TRU_Ajalooring, lk 81
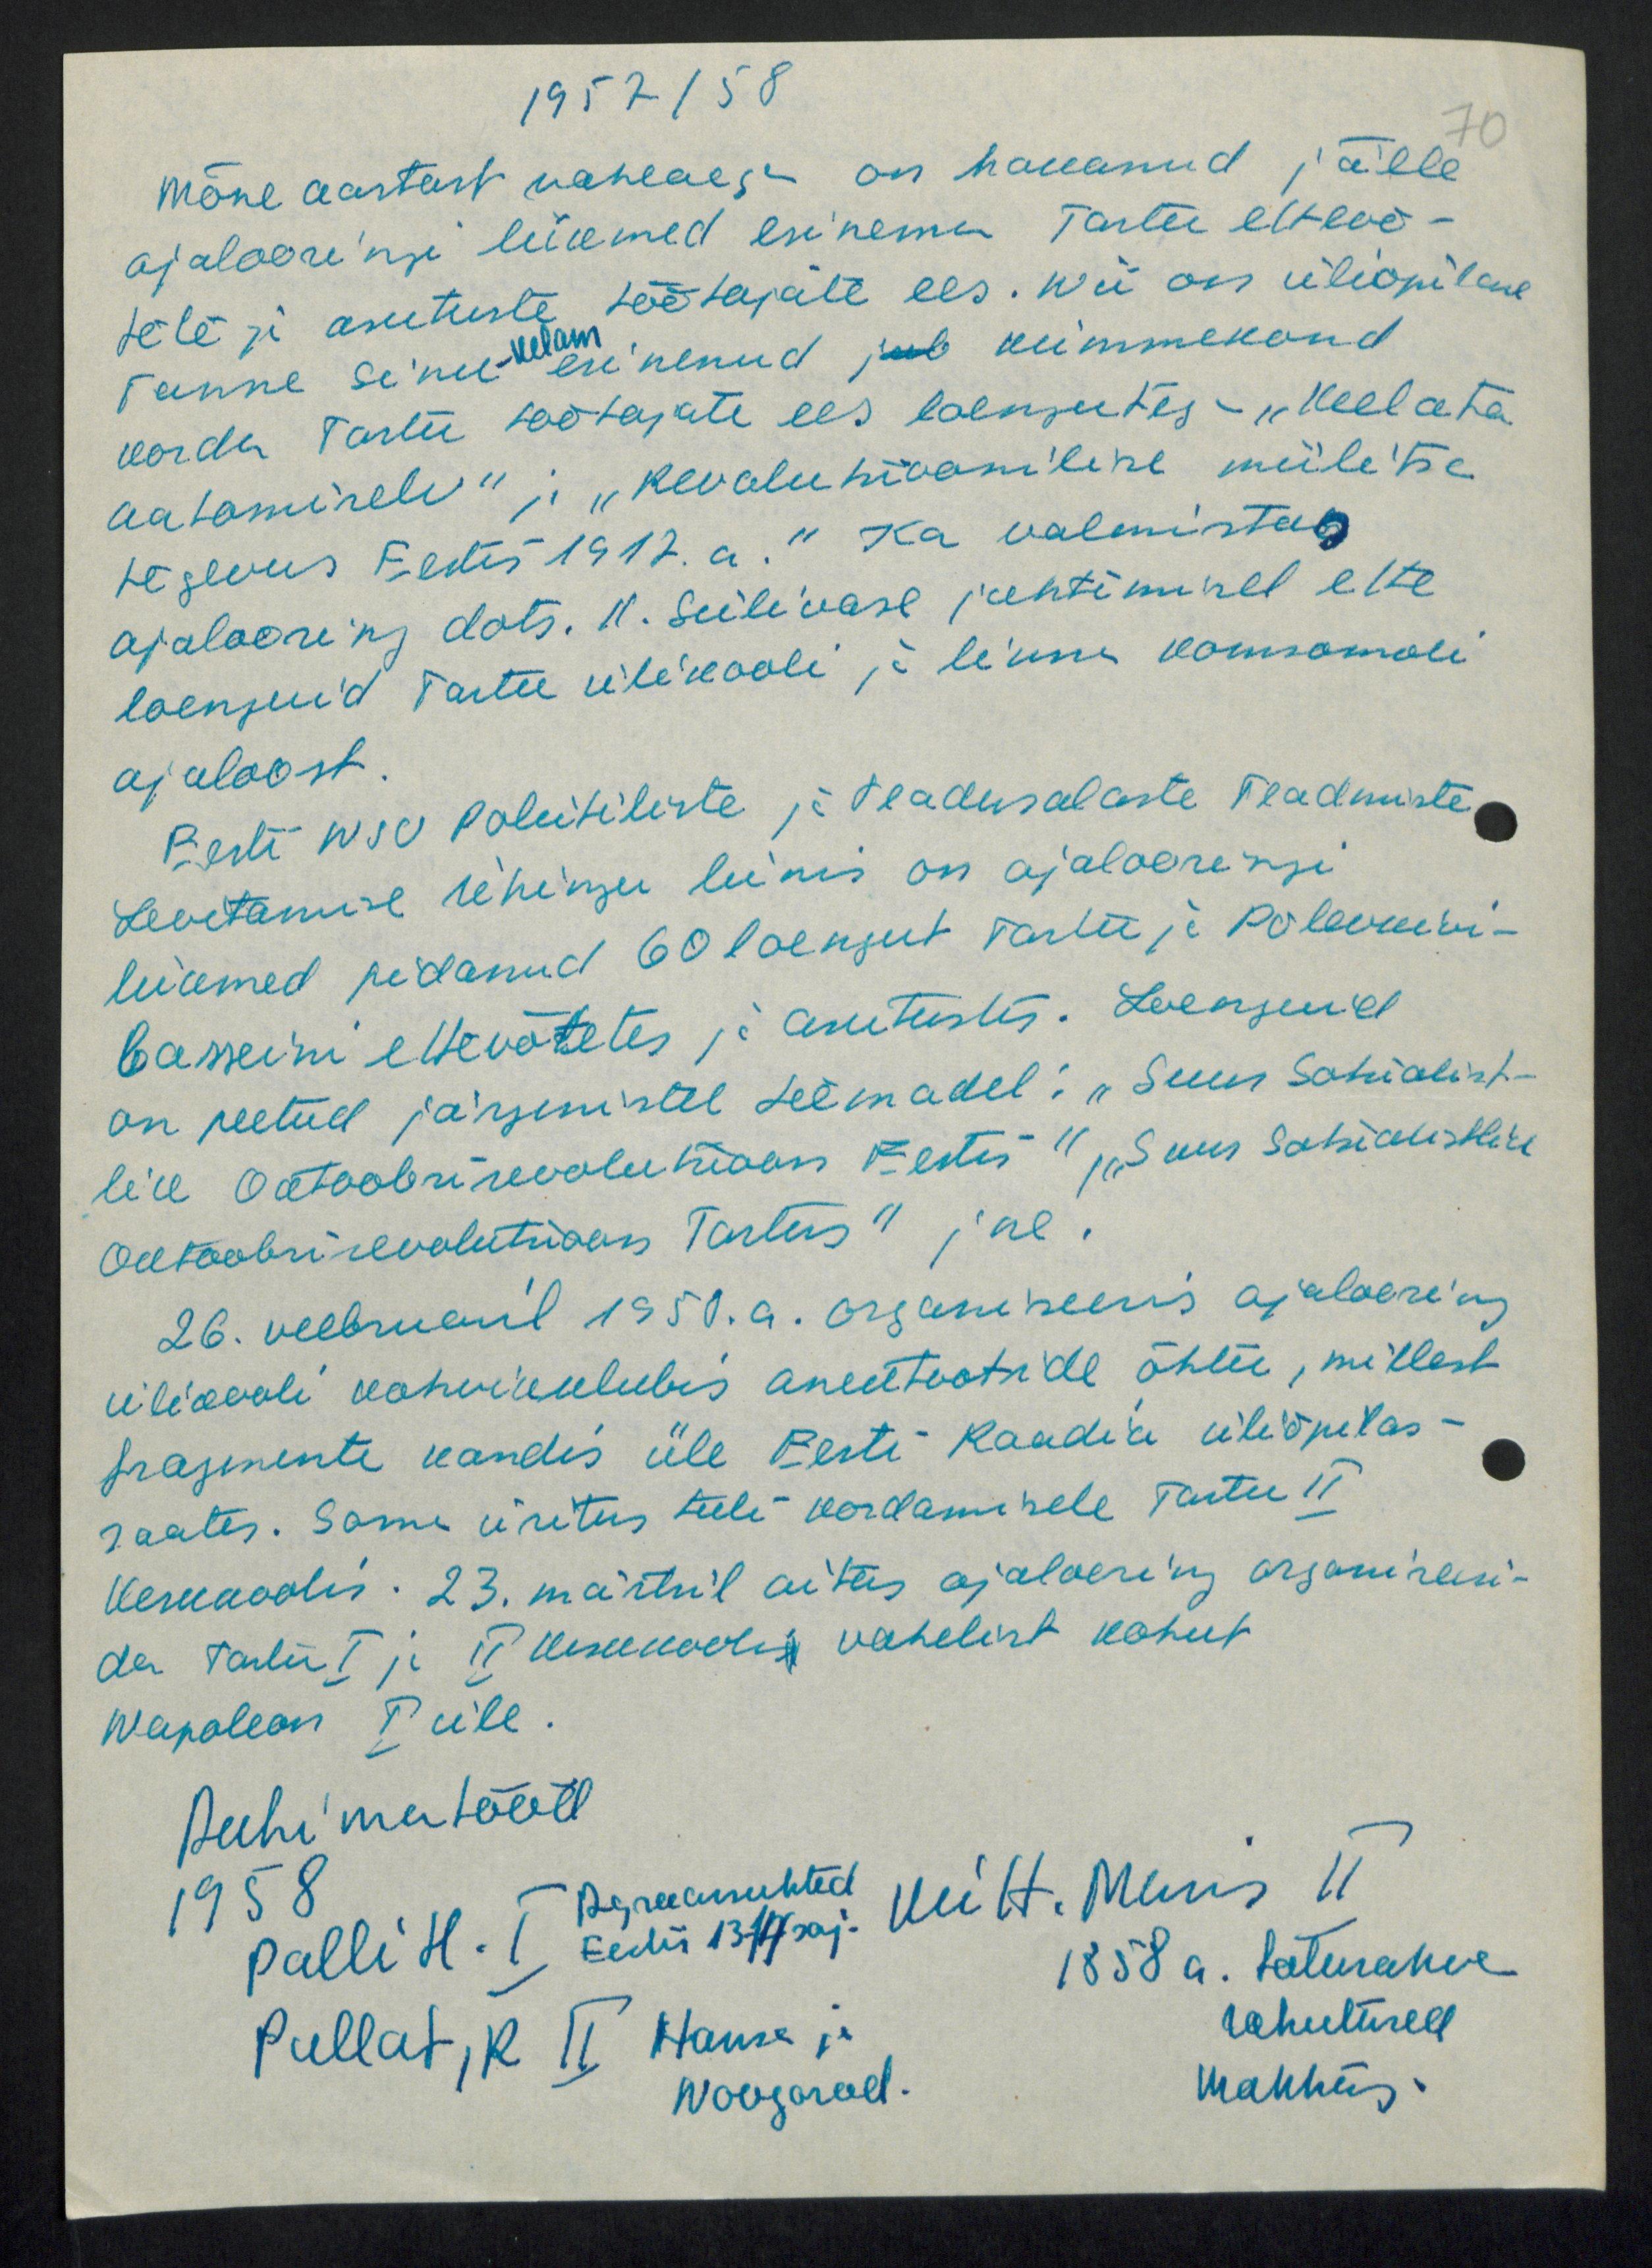
1957/ 58
70
Mõne aastast vaheaega on hakanud jälle
ajalooringi liikmed esinema Tartu ettevõ-
tete ja asutuste töötajate ees. Nii on üliõpilane
Tunne Sink- esinenud jub kümmekond
Kelam
korda Tartu töötajate ees loengutes: "Keelata
aatomirelv" ja "Revolutsiooniline miilitsa
tegevus Eestis 1917. a." Ka valmistas
ajalooring dots. H. Seilivase juhtimisel ette
loenguid Tartu ülikooli ja linna komsomoli
ajaloost.
Eesti NSV Poliitiliste ja teadusalaste Teadmiste
Levitamise Ühingu liinis on ajalooringi
liikmed pidanud 60 loengut Tartu ja Põlevkivi-
basseini ettevõtetes ja asutustes. Loenguid
on peetud järgmistel teemadel: "Suur Sotsialist-
lik Oktoobrirevolutsioon Eestis ", „Suur Sotsialistlik
Oktoobri revolutsioon Tartus" jne.
26. veebruenil 1950. a. organiseeris ajalooring
ülikooli kohvikklubis anektootide õhtu, millest
fragmente kandis üle Eesti Raadio üliõpilas-
saates. Sama üritus tuli kordamisele Tartu II
Keskkoolis. 23. märtsil aitas ajalooring organiseeri-
da Tartu I ja II Keskkooli vahelist kohut
Napoleon I üle.
Auhinnatööd
1958
Agraarsuhted
Palli H. Eesti 13-14 saj, Kütt, Mervis II
1858 a. Talurahva
rahutused
Mahtras
Pullat, R II Hause ja
Novgorod.